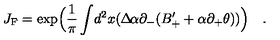
J _ { \mathrm { { F } } } = \exp \Bigl ( \frac { 1 } { \pi } \int \! d ^ { 2 } x ( \Delta \! \alpha \partial _ { - } ( B _ { + } ^ { \prime } + \alpha \partial _ { + } \theta ) ) \Bigr ) \quad .